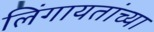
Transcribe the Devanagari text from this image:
लिंगायतांच्या